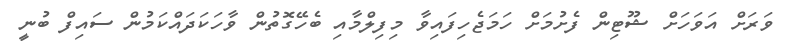
ވަރަށް އަވަހަށް ޝޫޓިން ފެށުމަށް ހަމަޖެހިފައިވާ މިފިލްމާއި ބެހޭގޮތުން ވާހަކަދައްކަމުން ސައިފް ބުނީ